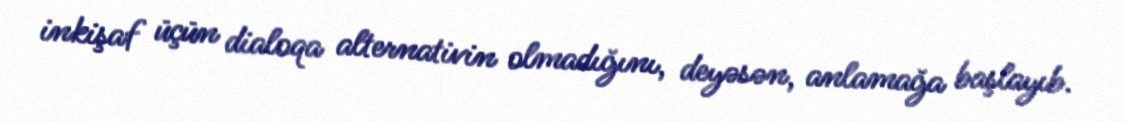
inkişaf üçün dialoqa alternativin olmadığını, deyəsən, anlamağa başlayıb.